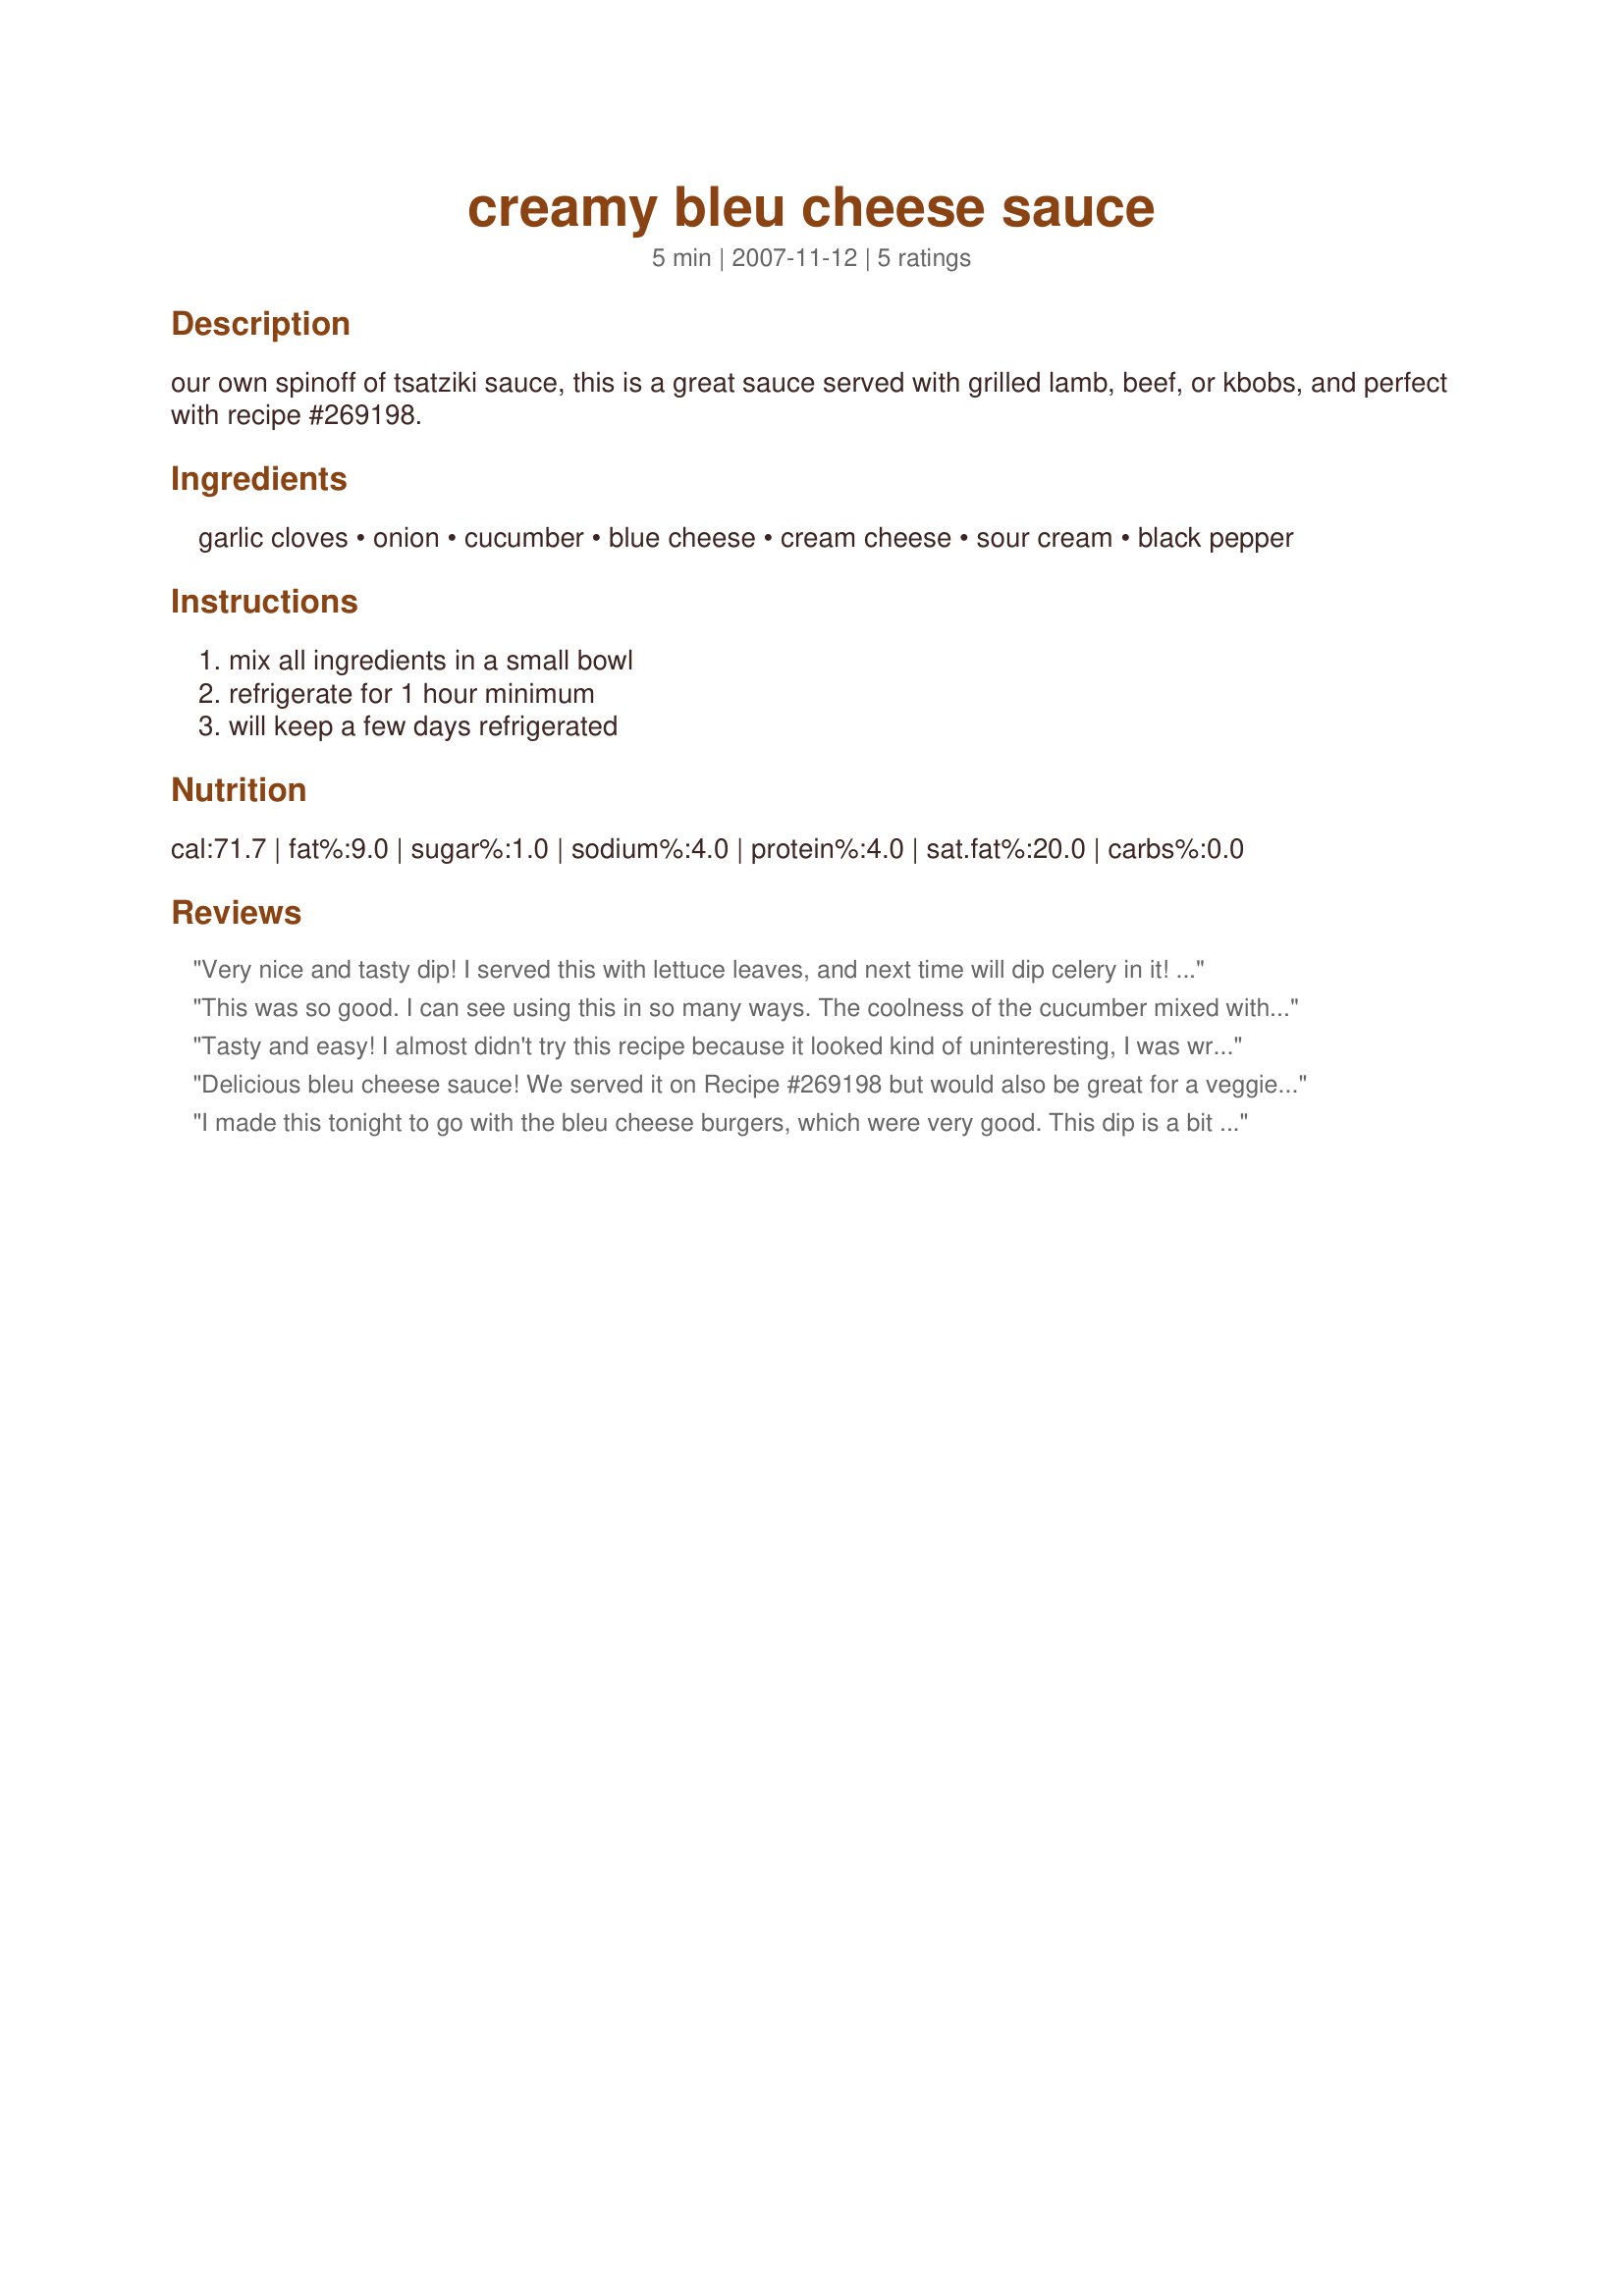
creamy bleu cheese sauce
Preparation time: 5 minutes

our own spinoff of tsatziki sauce, this is a great sauce served with grilled lamb, beef, or kbobs, and perfect with recipe #269198.

Ingredients:
garlic cloves, onion, cucumber, blue cheese, cream cheese, sour cream, black pepper

Steps:
mix all ingredients in a small bowl, refrigerate for 1 hour minimum, will keep a few days refrigerated

Reviews:
Very nice and tasty dip! I served this with lettuce leaves, and next time will dip celery in it! Mixed with a little mayo, this makes a lovely salad dressing. Thanks!
This was so good. I can see using this in so many ways. The coolness of the cucumber mixed with the blue cheese and sourcream was outstanding. I put this on Recipe#269198 and had a wonderful dinner.
Tasty and easy! I almost didn't try this recipe because it looked kind of uninteresting, I was wrong! Very tasty on burgers! Great work.
Delicious bleu cheese sauce! We served it on Recipe #269198 but would also be great for a veggie or chip dip! Thanks, 2Bleu!
I made this tonight to go with the bleu cheese burgers, which were very good. This dip is a bit sharp for my taste, but since others liked it so much, I'm hesitant to give it a star rating. While I do like bleu cheese, I think that perhaps I just don't like it to be as intense as others do. I'm going to try mixing in some mayo and using this on salad, because I do love bleu cheese dressing, especially with a little creamy french drizzled on top! :) Made for PRMR. Thanks for posting. This was very easy and quick to make.
